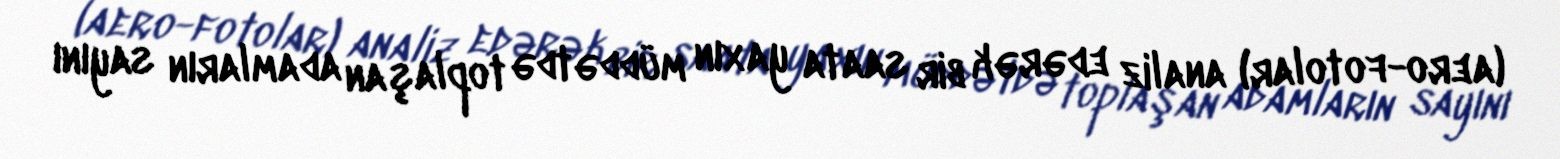
(aero-fotolar) analiz edərək bir saata yaxın müddətdə toplaşan adamların sayını